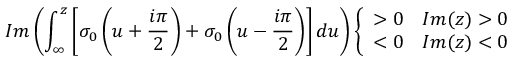
I m \left( \int _ { \infty } ^ { z } \left[ \sigma _ { 0 } \left( u + \frac { i \pi } { 2 } \right) + \sigma _ { 0 } \left( u - \frac { i \pi } { 2 } \right) \right] d u \right) \left\{ \begin{array} { r l } { { > 0 } } & { { I m ( z ) > 0 } } \\ { { < 0 } } & { { I m ( z ) < 0 } } \end{array} \right.